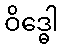
ဝိဒ္ဓေါ